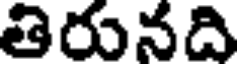
తిరునది